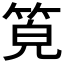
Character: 𥭨